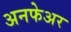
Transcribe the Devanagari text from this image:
अनफेअर